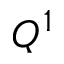
Q ^ { 1 }